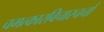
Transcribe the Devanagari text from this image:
चमत्कारविचारचर्चा